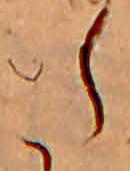
た